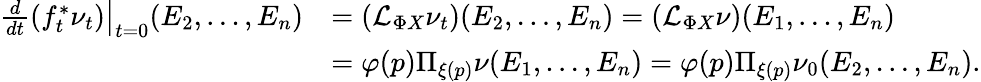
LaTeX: \begin{array}{rl}{\left.\frac{d}{dt}(f_{t}^{\ast}\nu_{t})\right\vert_{t=0}(E_{2},\ldots,E_{n})}&{=(\mathcal{L}_{\Phi X}\nu_{t})(E_{2},\ldots,E_{n})=(\mathcal{L}_{\Phi X}\nu)(E_{1},\ldots,E_{n})}\\ &{=\varphi(p)\Pi_{\xi(p)}\nu(E_{1},\ldots,E_{n})=\varphi(p)\Pi_{\xi(p)}\nu_{0}(E_{2},\ldots,E_{n}).}\end{array}